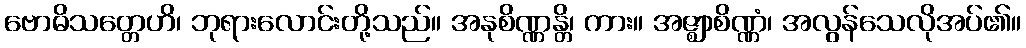
ဗောဓိသတ္တေဟိ၊ ဘုရားလောင်းတို့သည်။ အနုစိဏ္ဏန္တိ၊ ကား။ အဇ္ဈာစိဏ္ဏံ၊ အလွန်သေလိုအပ်၏။